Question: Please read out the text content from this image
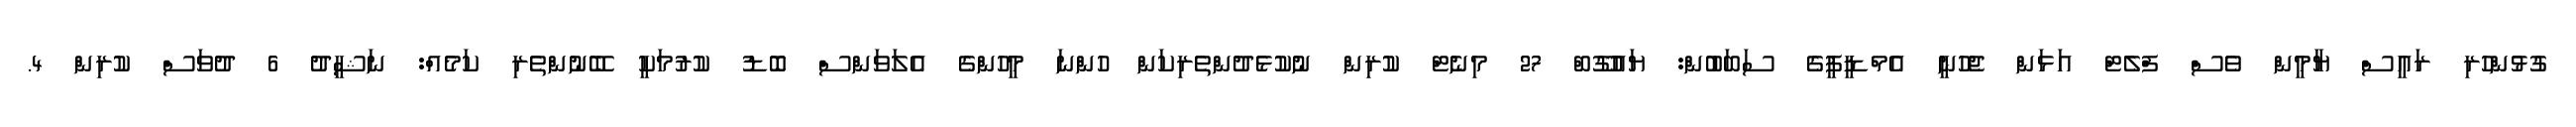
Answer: ގުޅުންހުރި ރައީސް ޔާމީން ވެސް ފްލެޓް އަޅަން ޖެހުނީ އެމްޑީޕީގެ ސަބަބުން: ޔައުގޫބް 27 މިނެޓް ކުރިން ނުކުޅެދުންތެރިކަން ހުންނަ މީހުންގެ އެލަވަންސް ބޮޑު ކުރުމަކީ ބޭނުންތެރި ކަމެއް: ނަޝީދު 6 ދުވަސް ކުރިން 4.